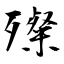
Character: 殩